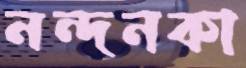
নন্দনকা